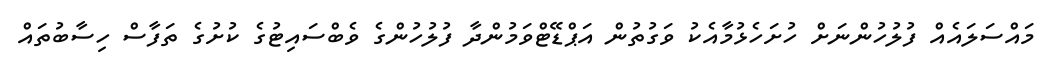
މައްސަލައެއް ފުލުހުންނަށް ހުށަހެޅުމާއެކު ވަގުތުން އަޕްޑޭޓްވަމުންދާ ފުލުހުންގެ ވެބްސައިޓުގެ ކުށުގެ ތަފާސް ހިސާބުތައް